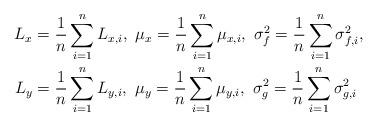
LaTeX: \begin{align*} L_{x} &= \frac{1}{n}\sum_{i=1}^n L_{x, i},~ \mu_{x} = \frac{1}{n}\sum_{i=1}^n \mu_{x, i},~ \sigma_f^2 = \frac{1}{n}\sum_{i=1}^n \sigma_{f, i}^2, \\ L_{y} &= \frac{1}{n}\sum_{i=1}^n L_{y, i},~ \mu_{y} = \frac{1}{n}\sum_{i=1}^n \mu_{y, i},~ \sigma_g^2 = \frac{1}{n}\sum_{i=1}^n \sigma_{g, i}^2 \end{align*}